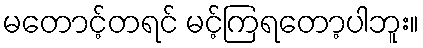
မတောင့်တရင် မင့်ကြရတော့ပါဘူး။